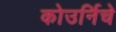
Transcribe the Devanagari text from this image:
कोउर्निचे